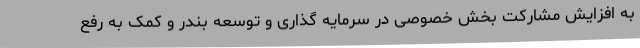
به افزایش مشارکت بخش خصوصی در سرمایه گذاری و توسعه بندر و کمک به رفع